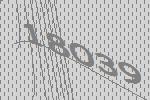
18039